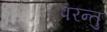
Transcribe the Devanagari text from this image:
परन्तु